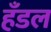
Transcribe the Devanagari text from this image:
हँडल